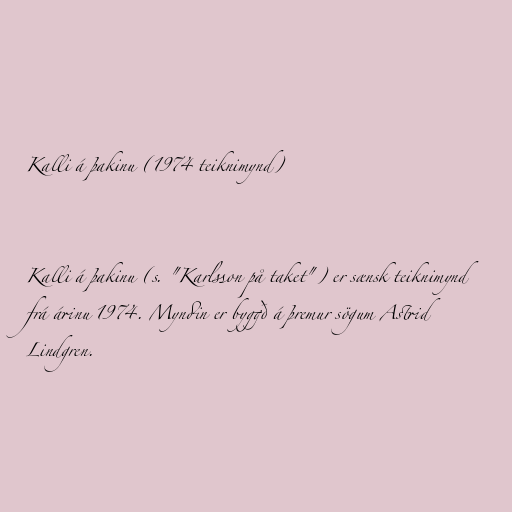
Kalli á þakinu (1974 teiknimynd)

Kalli á þakinu (s. "Karlsson på taket") er sænsk teiknimynd
frá árinu 1974. Myndin er byggð á þremur sögum Astrid
Lindgren.